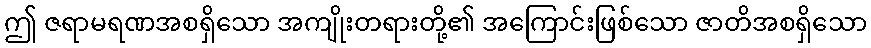
ဤ ဇရာမရဏအစရှိသော အကျိုးတရားတို့၏ အကြောင်းဖြစ်သော ဇာတိအစရှိသော